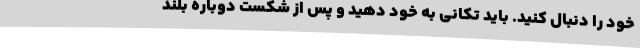
خود را دنبال کنید. باید تکانی به خود دهید و پس از شکست دوباره بلند